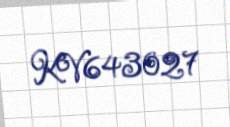
KV643027